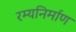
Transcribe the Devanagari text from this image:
रम्यनिर्माण